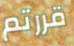
قررتم